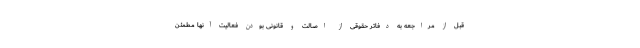
قبل از مراجعه به دفاتر حقوقی از اصالت و قانونی بودن فعالیت آنها مطمئن